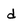
Character: d